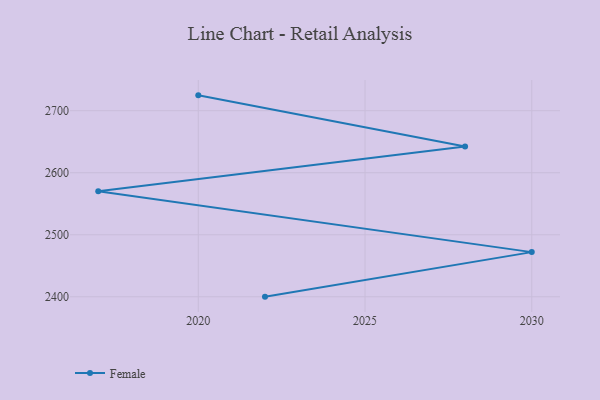
{"axis": {"x": "Year", "y": "Humidity (%)"}, "legend": ["Female"], "data": [{"x": "2020", "y": 2724.8, "type": "Female"}, {"x": "2028", "y": 2642.4, "type": "Female"}, {"x": "2017", "y": 2570.1, "type": "Female"}, {"x": "2030", "y": 2472.0, "type": "Female"}, {"x": "2022", "y": 2400.2, "type": "Female"}]}